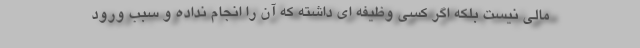
مالی نیست بلکه اگر کسی وظیفه ای داشته که آن را انجام نداده و سبب ورود